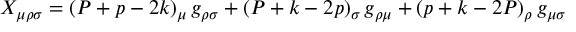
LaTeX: X _ { \mu \rho \sigma } = ( P + p - 2 k ) _ { \mu } \, g _ { \rho \sigma } + ( P + k - 2 p ) _ { \sigma } \, g _ { \rho \mu } + ( p + k - 2 P ) _ { \rho } \, g _ { \mu \sigma }